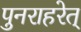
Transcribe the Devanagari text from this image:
पुनराहरेत्